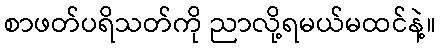
စာဖတ်ပရိသတ်ကို ညာလို့ရမယ်မထင်နဲ့။